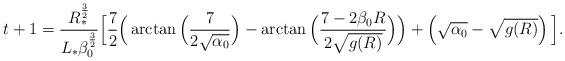
LaTeX: \begin{align*} t + 1 &= \frac{R_*^{\frac 32}}{L_*\beta_0^{\frac 32}} \Big[\frac 7{2} \Big( \arctan \Big( \frac{7}{2\sqrt{\alpha_0}} \Big) -\arctan \Big( \frac{7 - 2\beta_0R}{2 \sqrt{g(R)}} \Big)\Big) + \left( \sqrt{\alpha_0} - \sqrt{g(R)}\right)\Big].\end{align*}